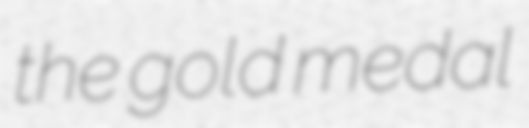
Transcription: the gold medal